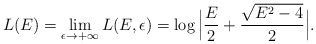
\begin{align*}L(E)=\lim_{\epsilon\rightarrow +\infty} L(E,\epsilon)=\log \Big|\frac{E}{2}+\frac{\sqrt{E^{2}-4}}{2}\Big|.\end{align*}